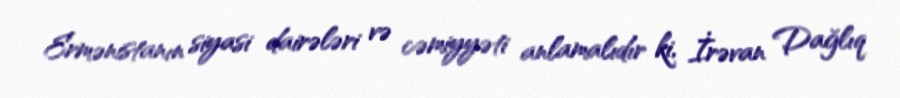
Ermənistanın siyasi dairələri və cəmiyyəti anlamalıdır ki, İrəvan Dağlıq